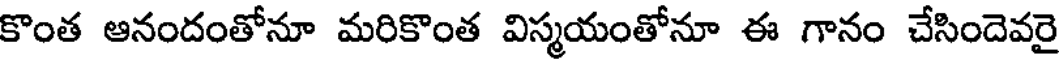
కొంత ఆనందంతోనూ మరికొంత విస్మయంతోనూ ఈ గానం చేసిందెవరై